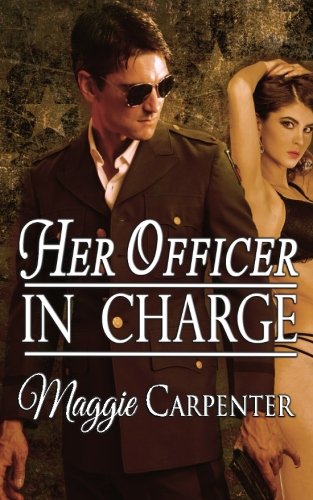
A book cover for Her Officer in Charge; Maggie Carpenter; Romance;